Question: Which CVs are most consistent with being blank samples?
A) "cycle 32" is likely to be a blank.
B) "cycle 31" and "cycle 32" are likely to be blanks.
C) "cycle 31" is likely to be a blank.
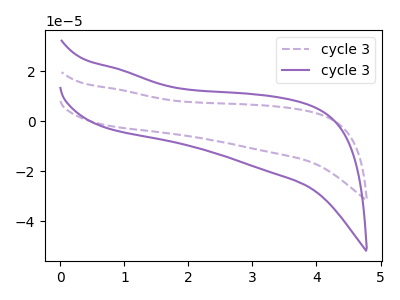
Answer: <think>The purple dashed curve "cycle 31" has no peaks. The purple curve "cycle 32" has no peaks.</think>
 <answer>B) "cycle 31" and "cycle 32" are likely to be blanks.</answer>
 <eval>B</eval>